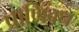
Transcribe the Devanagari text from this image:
प्राणिवध